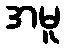
အမူ